Vaike-Kopu_(Puiatu)_vallavalitsus, lk 39
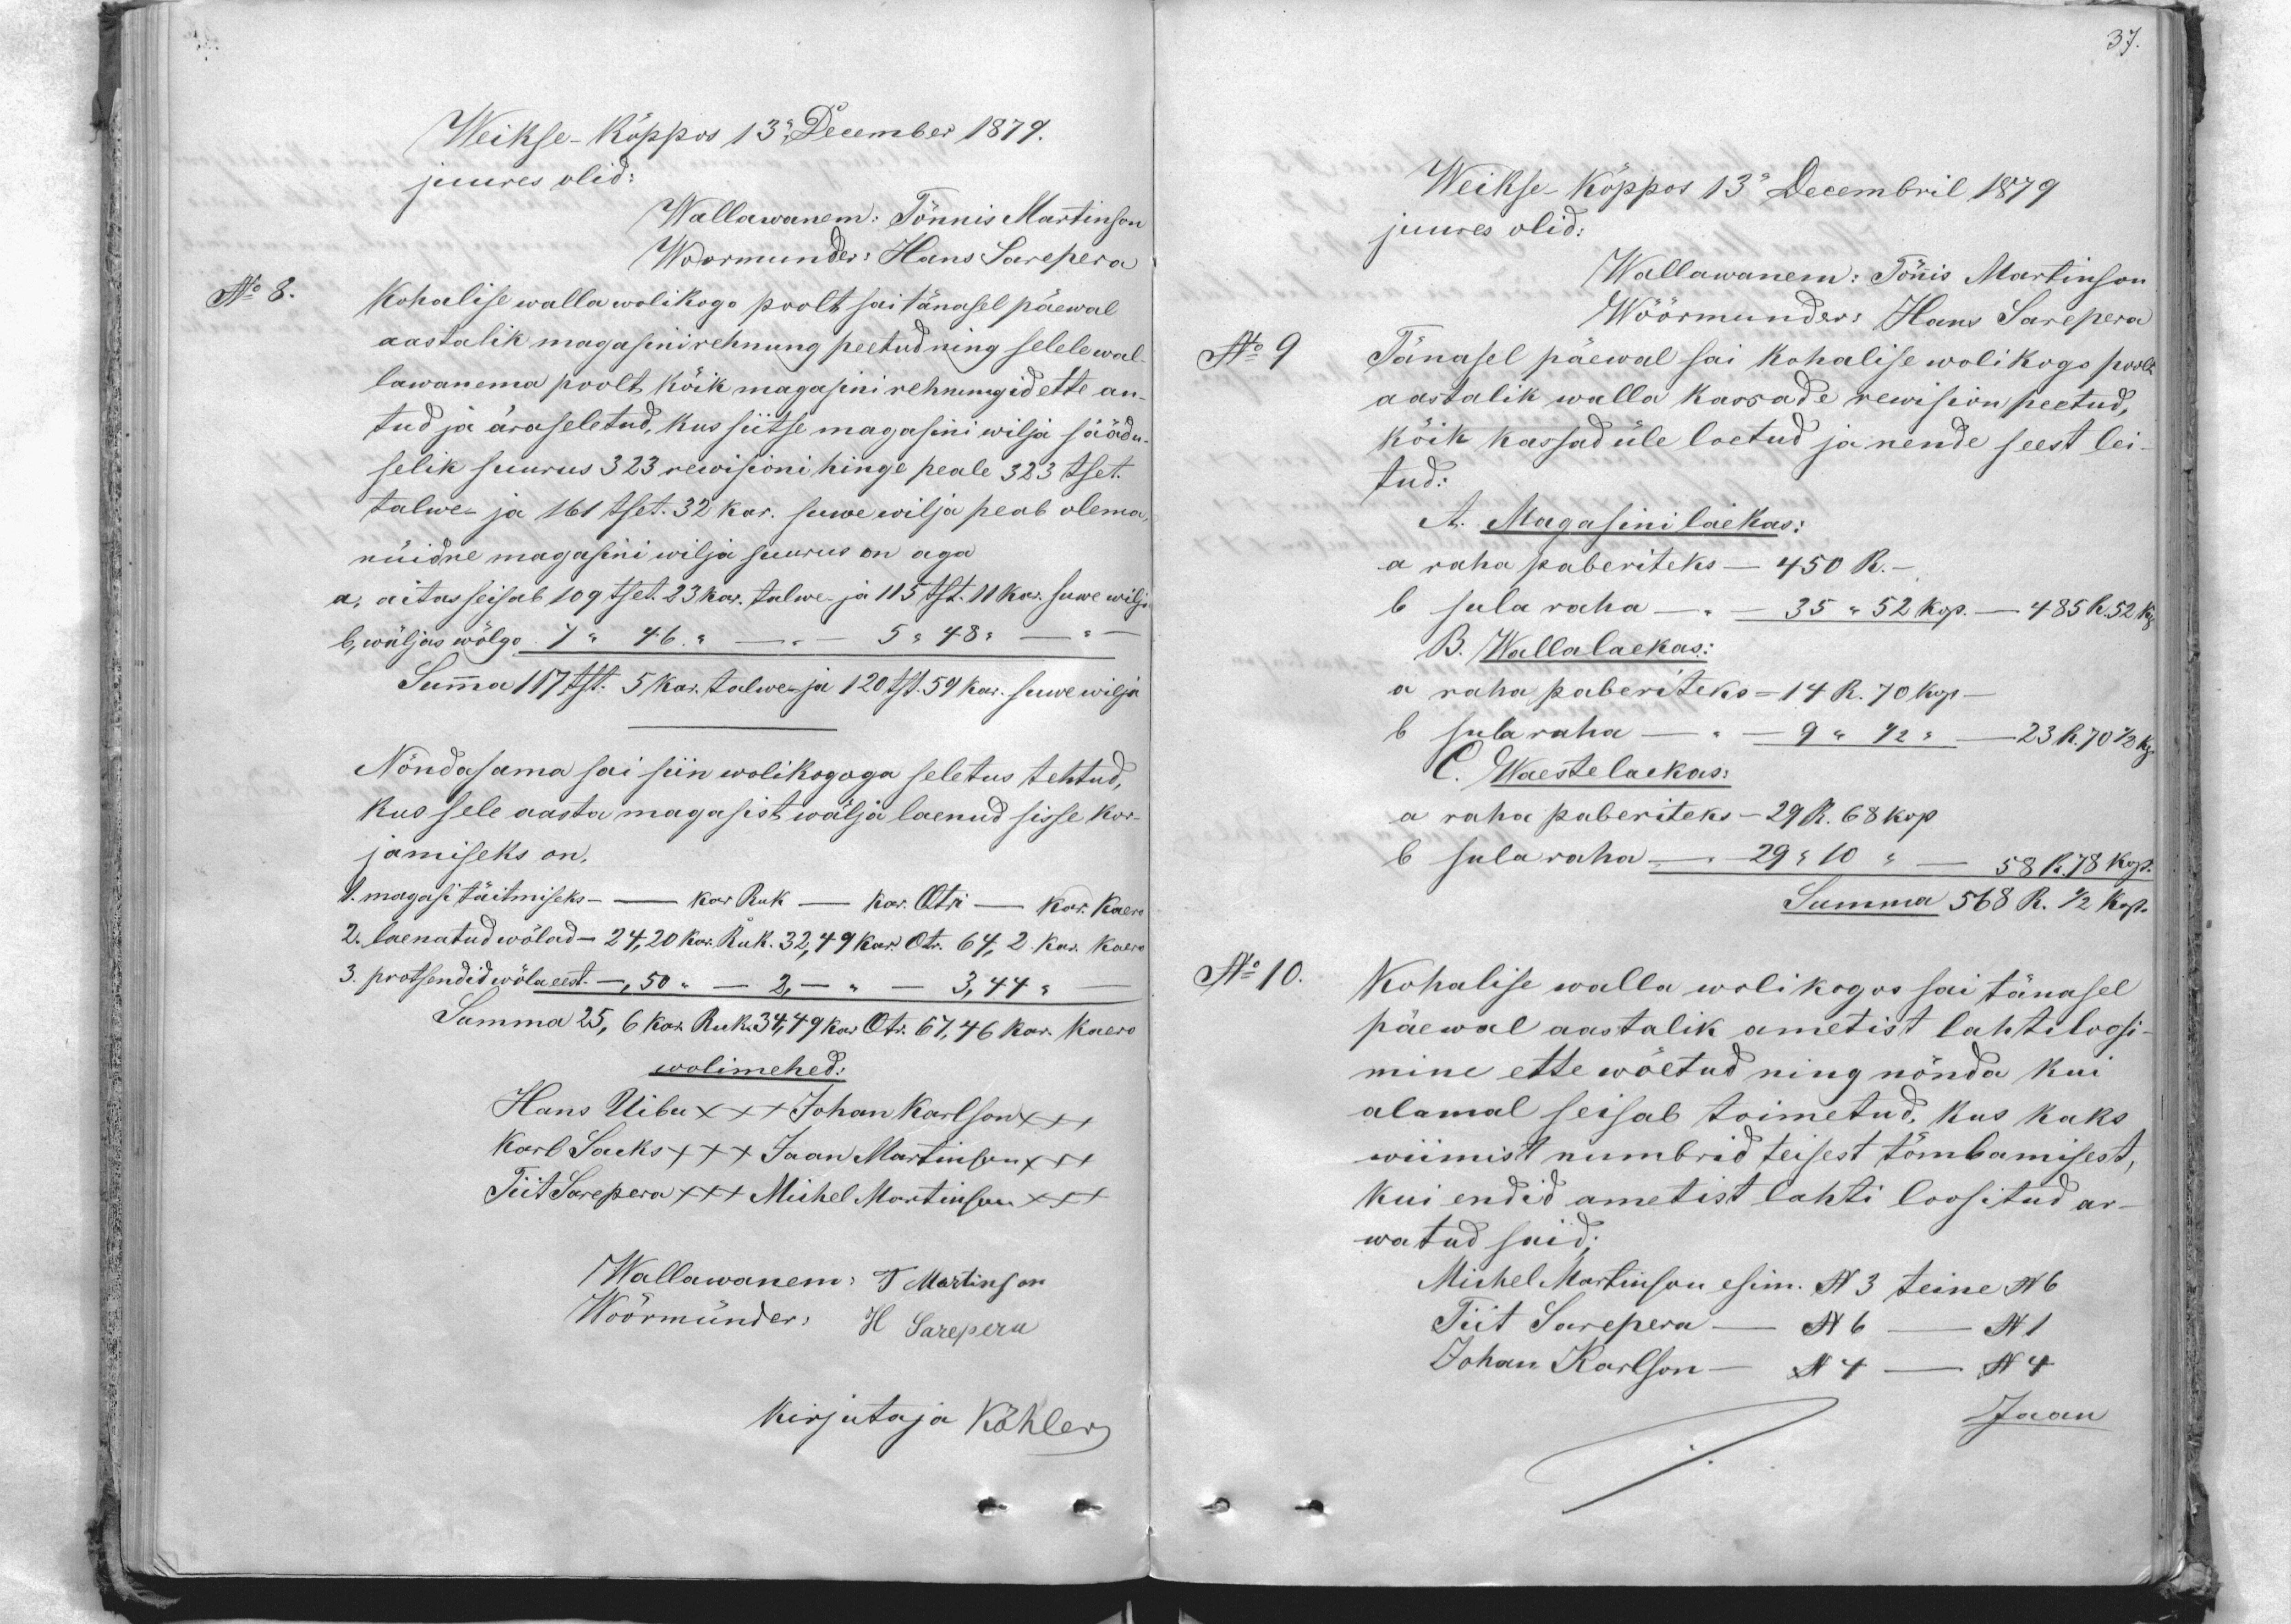
37.

Weikse-Köppos 13 December 1879.
juures olid:
Wallawanem: Tönnis Martinson
Woormunder Hans Sarepera
Kohalise wallawolikogu poolt sai tänasel päewal
aastalik magasinirehnung peetud ning selele wal
lawanema poolt köik magasini rehnungid ette an-
tud ja äraseletud, kus siitse magasini wilja säädu
selik suurus 323 rewisioni hinge peale 323 tset.
talwe- ja 161 tset. 32 kar. suwewilja peab olema
nüidne magasini wilja suurus on aga
a. aitas seisab 109 tset 23 kar. talwe- ja 115 tst. 11 kar suwe wilja
b. wäljas wõlgo   7 " 46 "     5 " 48 "
Summa 117 tst. 5 kar. talwe- ja 120 tst. 59 kar. suwe wilja
Nõndasama sai siin wolikogoga seletus tehtud,
kus sele aasta magasist wälja laenud sisse kor-
jamiseks on.
1. magasi täitmiseks - Kar Ruk - Kar. Otri - kar. Kaero
2. laenatud wölad - 24,20 kar. Ruk. 32,49 kar. Otr. 67,46 Kar. Kaero
3. protsendid wöla eest -,50 "  - 2 - " -    3,44 "
Summa 25,6 kar Ruk 34,49 kar. Otr. 67,46 kar. Kaero
wolimehed:
Hans Uibu xxx Johan Karlson +++
Karl Sacks +++ Jaan Martinson +++
Tiit Sarepera +++ Michel Martinson +++
Wallawanem: T Martinson
Wöörmünder H Sarepera
Kirjutaja Köhler

Weikse Köppos 13. Decembril 1879.
juures olid:
Wallawanem: Tönis Martinson
Wöörmünder Hans Sarepera
No 9 Tänasel päewal sai kohalise wolikogo poolt
aastalik walla kassade rewision peetud,
kõik kassad üle loetud ja nende seest lei
tud:
A. Magasini laekas:
a raha paberiteks - 450 R.
b sula raha 35 " 52 kop. - 485 R 52 Kop.
B. Wallalaekas:
a raha paberiteks = 14 R. 70 kop.
b sula raha 9 " 1/2 -   23 R. 70 1/2 kop.
Waestelaekas:
a raha paberiteks - 29 R. 68 kop.
b sularaha - 29 " 10 " - 58 R. 78 kop.
Summa 568 R. 1/2 kop.
No 10.
Kohalise walla wolikogos sai tänasel
päewal aastalik ametist lahtiloosi
mine ette wöetud ning nönda kui
alamal seisab toimetud, kus kaks
wiimist numbrid teisest tömbamisest,
kui endid ametist lahti loositud ar-
watud said;
Michel Martinson esim. No 3 teine No 6
Tiit Sarepera - No 6 - No 1
Johan Karlson No 4 - No 4
Jaan

No 8.